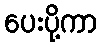
ပေးပို့ကာ